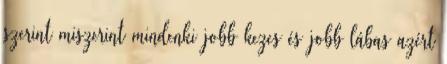
szerint miszerint mindenki jobb kezes és jobb lábas azért